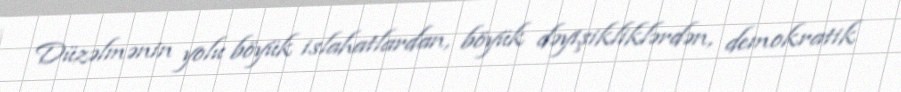
Düzəlmənin yolu böyük islahatlardan, böyük dəyişikliklərdən, demokratik